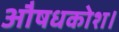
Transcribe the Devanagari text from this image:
औषधकोश।